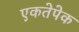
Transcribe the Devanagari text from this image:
एकतेपेक